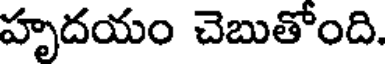
హృదయం చెబుతోంది.